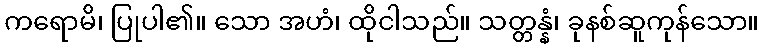
ကရောမိ၊ ပြုပါ၏။ သော အဟံ၊ ထိုငါသည်။ သတ္တန္နံ၊ ခုနစ်ဆူကုန်သော။